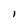
Character: I